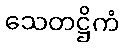
သေတဋ္ဌိကံ